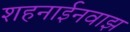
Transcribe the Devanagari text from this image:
शहनाईनवाझ